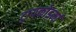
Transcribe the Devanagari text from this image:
ट्रायकोडर्मा